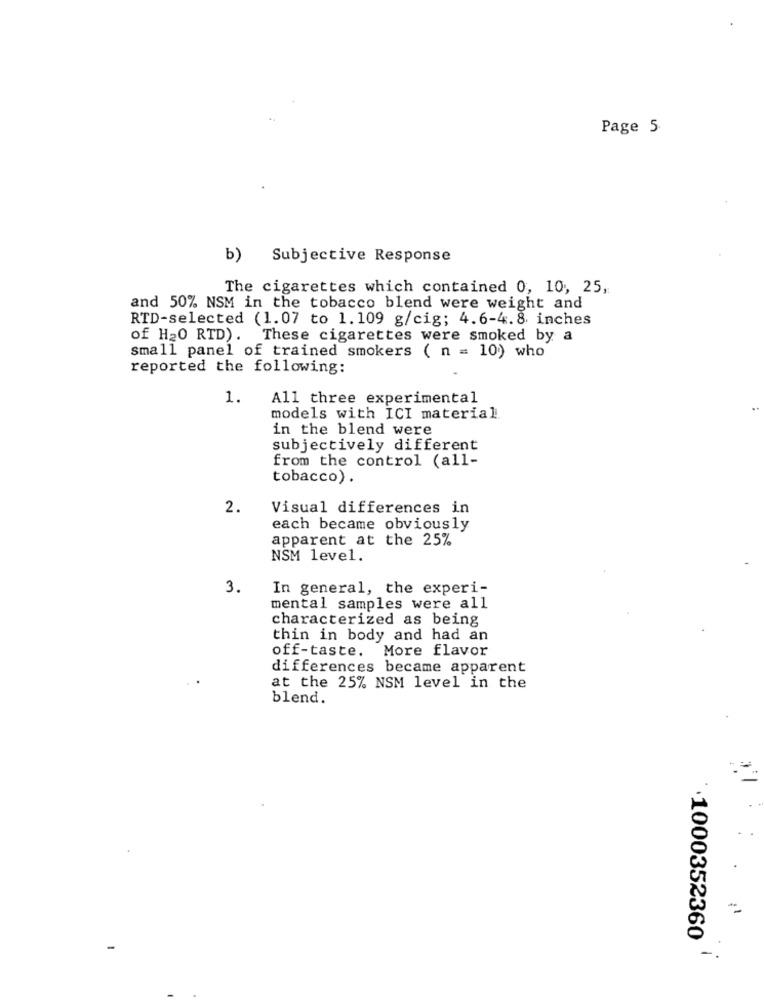
Page 5
b) Subjective Response
The cigarettes which contained 0, 10, 25,
and 50% NSM in the tobacco blend were weight and
RTD-selected (1.07 to 1.109 g/cig; 4.6-4.8 inches
of H20 RTD). These cigarettes were smoked by a
small panel of trained smokers ( n = 10) who
reported the following:
1.
All three experimental
models with ICI material.
in the blend were
subjectively different
from the control (all-
tobacco) .
2.
Visual differences in
each became obviously
apparent at the 25%
NSM level.
3.
In general, the experi-
mental samples were all
characterized as being
thin in body and had an
off-taste. More flavor
differences became apparent
at the 25% NSM level in the
blend.
·1000352360
-